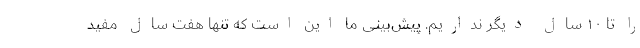
را تا ۱۰ سال دیگر نداریم. پیش‌بینی ما این است که تنها هفت سال مفید